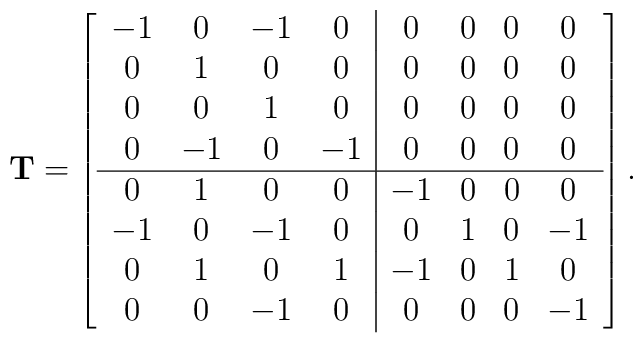
\mathbf{T}=\left[\begin{array}{cccc|cccc}-1& 0&-1& 0& 0& 0& 0& 0\\ 0& 1& 0& 0& 0& 0& 0& 0\\ 0& 0& 1& 0& 0& 0& 0& 0\\ 0&-1& 0&-1& 0& 0& 0& 0\\ \hline 0& 1& 0& 0&-1& 0& 0& 0\\-1& 0&-1& 0& 0& 1& 0&-1\\ 0& 1& 0& 1&-1& 0& 1& 0\\ 0& 0&-1& 0& 0& 0& 0&-1\end{array}\right].